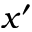
x ^ { \prime }